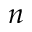
n